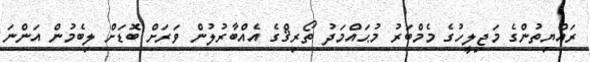
ރައްޔިތުންގެ މަޖިލީހުގެ މެމްބަރު މުޙައްމަދު ތޯރިޤްގެ އެއްބާރުލުން ވަރަށް ބޮޑަށް ލިބެމުން އަންނަ